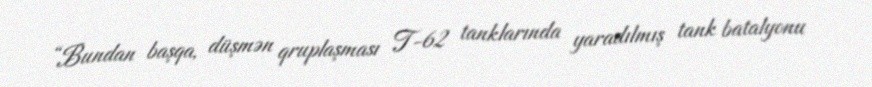
“Bundan başqa, düşmən qruplaşması T-62 tanklarında yaradılmış tank batalyonu